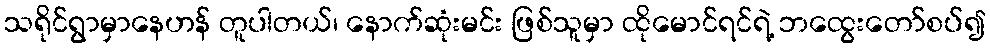
သရိုင်ရွာမှာနေဟန် တူပါတယ်၊ နောက်ဆုံးမင်း ဖြစ်သူမှာ ထိုမောင်ရင်ရဲ့ ဘထွေးတော်စပ်၍